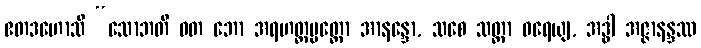
ဧတဒဟောသိ “သောဘတိ ဝတ ဘော အရဟတ္တပ္ပတ္တော အာနန္ဒော, သစေ သတ္ထာ ဓရေယျ, အဒ္ဓါ အဇ္ဇာနန္ဒဿ